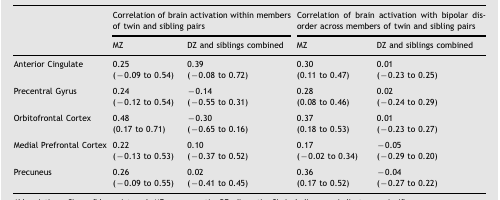
<table><thead><tr><td></td><td colspan="2"><b>Correlation of brain activation within members of twin and sibling pairs</b></td><td colspan="2"><b>Correlation of brain activation with bipolar disorder across members of twin and sibling pairs</b></td></tr><tr><td></td><td><b>MZ</b></td><td><b>DZ and siblings combined</b></td><td><b>MZ</b></td><td><b>DZ and siblings combined</b></td></tr></thead><tbody><tr><td rowspan="2">Anterior Cingulate</td><td>0.25</td><td>0.39</td><td>0.30</td><td>0.01</td></tr><tr><td>(−0.09 to 0.54)</td><td>(−0.08 to 0.72)</td><td>(0.11 to 0.47)</td><td>(−0.23 to 0.25)</td></tr><tr><td rowspan="2">Precentral Gyrus</td><td>0.24</td><td>−0.14</td><td>0.28</td><td>0.02</td></tr><tr><td>(−0.12 to 0.54)</td><td>(−0.55 to 0.31)</td><td>(0.08 to 0.46)</td><td>(−0.24 to 0.29)</td></tr><tr><td rowspan="2">Orbitofrontal Cortex</td><td>0.48</td><td>−0.30</td><td>0.37</td><td>0.01</td></tr><tr><td>(0.17 to 0.71)</td><td>(−0.65 to 0.16)</td><td>(0.18 to 0.53)</td><td>(−0.23 to 0.27)</td></tr><tr><td rowspan="2">Medial Prefrontal Cortex</td><td>0.22</td><td>0.10</td><td>0.17</td><td>−0.05</td></tr><tr><td>(−0.13 to 0.53)</td><td>(−0.37 to 0.52)</td><td>(−0.02 to 0.34)</td><td>(−0.29 to 0.20)</td></tr><tr><td rowspan="2">Precuneus</td><td>0.26</td><td>0.02</td><td>0.36</td><td>−0.04</td></tr><tr><td>(−0.09 to 0.55)</td><td>(−0.41 to 0.45)</td><td>(0.17 to 0.52)</td><td>(−0.27 to 0.22)</td></tr></tbody></table>